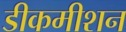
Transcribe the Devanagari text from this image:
डीकमीशन